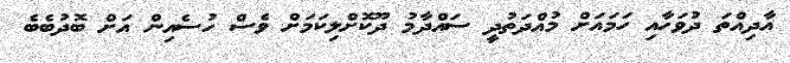
އާދިއްތަ ދުވަހާއި ހަމައަށް މުއްދަތުދީ ސައްދާމު ދޫކޮށްލިކަމަށް ވެސް ހުސެއިން އަށް ބޮދުބެބެ